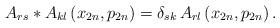
LaTeX: \begin{align*}A_{rs}* A_{kl}\left( x_{2n},p_{2n}\right) =\delta_{sk}\,A_{rl}\left(x_{2n},p_{2n}\right) .\end{align*}